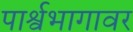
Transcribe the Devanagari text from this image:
पार्श्वभागावर